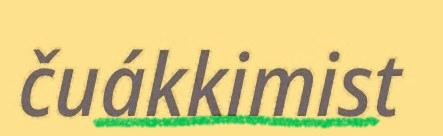
čuákkimist